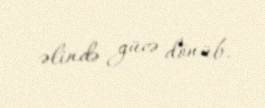
əlində gücə dönüb.